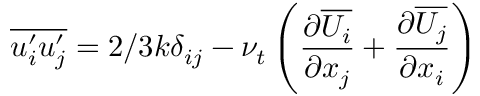
\overline { { u _ { i } ^ { \prime } u _ { j } ^ { \prime } } } = 2 / 3 k \delta _ { i j } - \nu _ { t } \left( { \frac { \partial \overline { { U _ { i } } } } { \partial x _ { j } } } + { \frac { \partial \overline { { U _ { j } } } } { \partial x _ { i } } } \right)